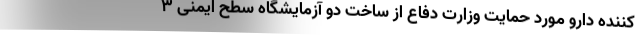
کننده دارو مورد حمایت وزارت دفاع از ساخت دو آزمایشگاه سطح ایمنی ۳